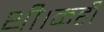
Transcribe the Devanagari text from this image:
थी।कही